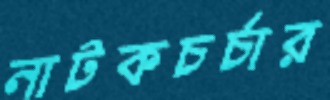
নাটকচর্চার